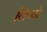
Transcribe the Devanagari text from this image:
लिप्पो